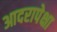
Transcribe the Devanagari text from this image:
आदरापेक्षा